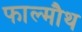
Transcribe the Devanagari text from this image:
फाल्मौथ